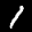
Label: 1